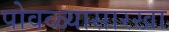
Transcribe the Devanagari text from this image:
पोवळ्यासारखा